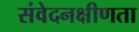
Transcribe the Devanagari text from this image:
संवेदनक्षीणता